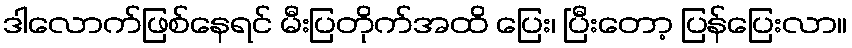
ဒါလောက်ဖြစ်နေရင် မီးပြတိုက်အထိ ပြေး၊ ပြီးတော့ ပြန်ပြေးလာ။